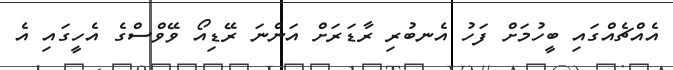
އެއްޗެއްގައި ބީހުމަށް ފަހު އެނބުރި ރާޑަރަށް އަންނަ ރޭޑިއޯ ވޭވްސްގެ އެހީގައި އެ